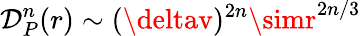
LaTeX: \mathcal{D}_{P}^{n}(r)\sim(\deltav)^{2n}\simr^{2n/3}